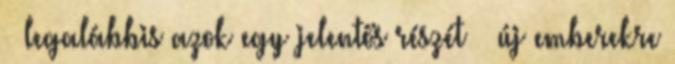
– legalábbis azok egy jelentős részét – új emberekre